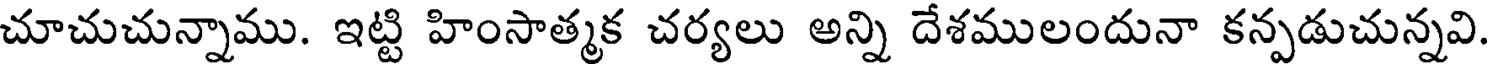
చూచుచున్నాము. ఇట్టి హింసాత్మక చర్యలు అన్ని దేశములందునా కన్పడుచున్నవి